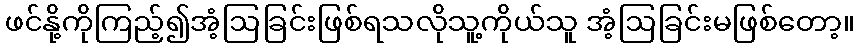
ဖင်နို့ကိုကြည့်၍အံ့ဩခြင်းဖြစ်ရသလိုသူ့ကိုယ်သူ အံ့ဩခြင်းမဖြစ်တော့။